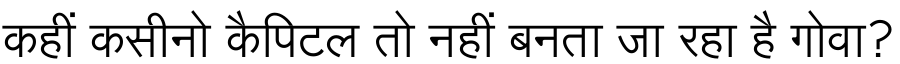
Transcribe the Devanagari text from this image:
कहीं कसीनो कैपिटल तो नहीं बनता जा रहा है गोवा?